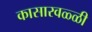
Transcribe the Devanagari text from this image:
कासारवळ्ळी